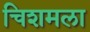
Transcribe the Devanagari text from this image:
चिशमला